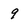
Character: 9